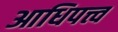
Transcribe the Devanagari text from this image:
आधिपत्त्व